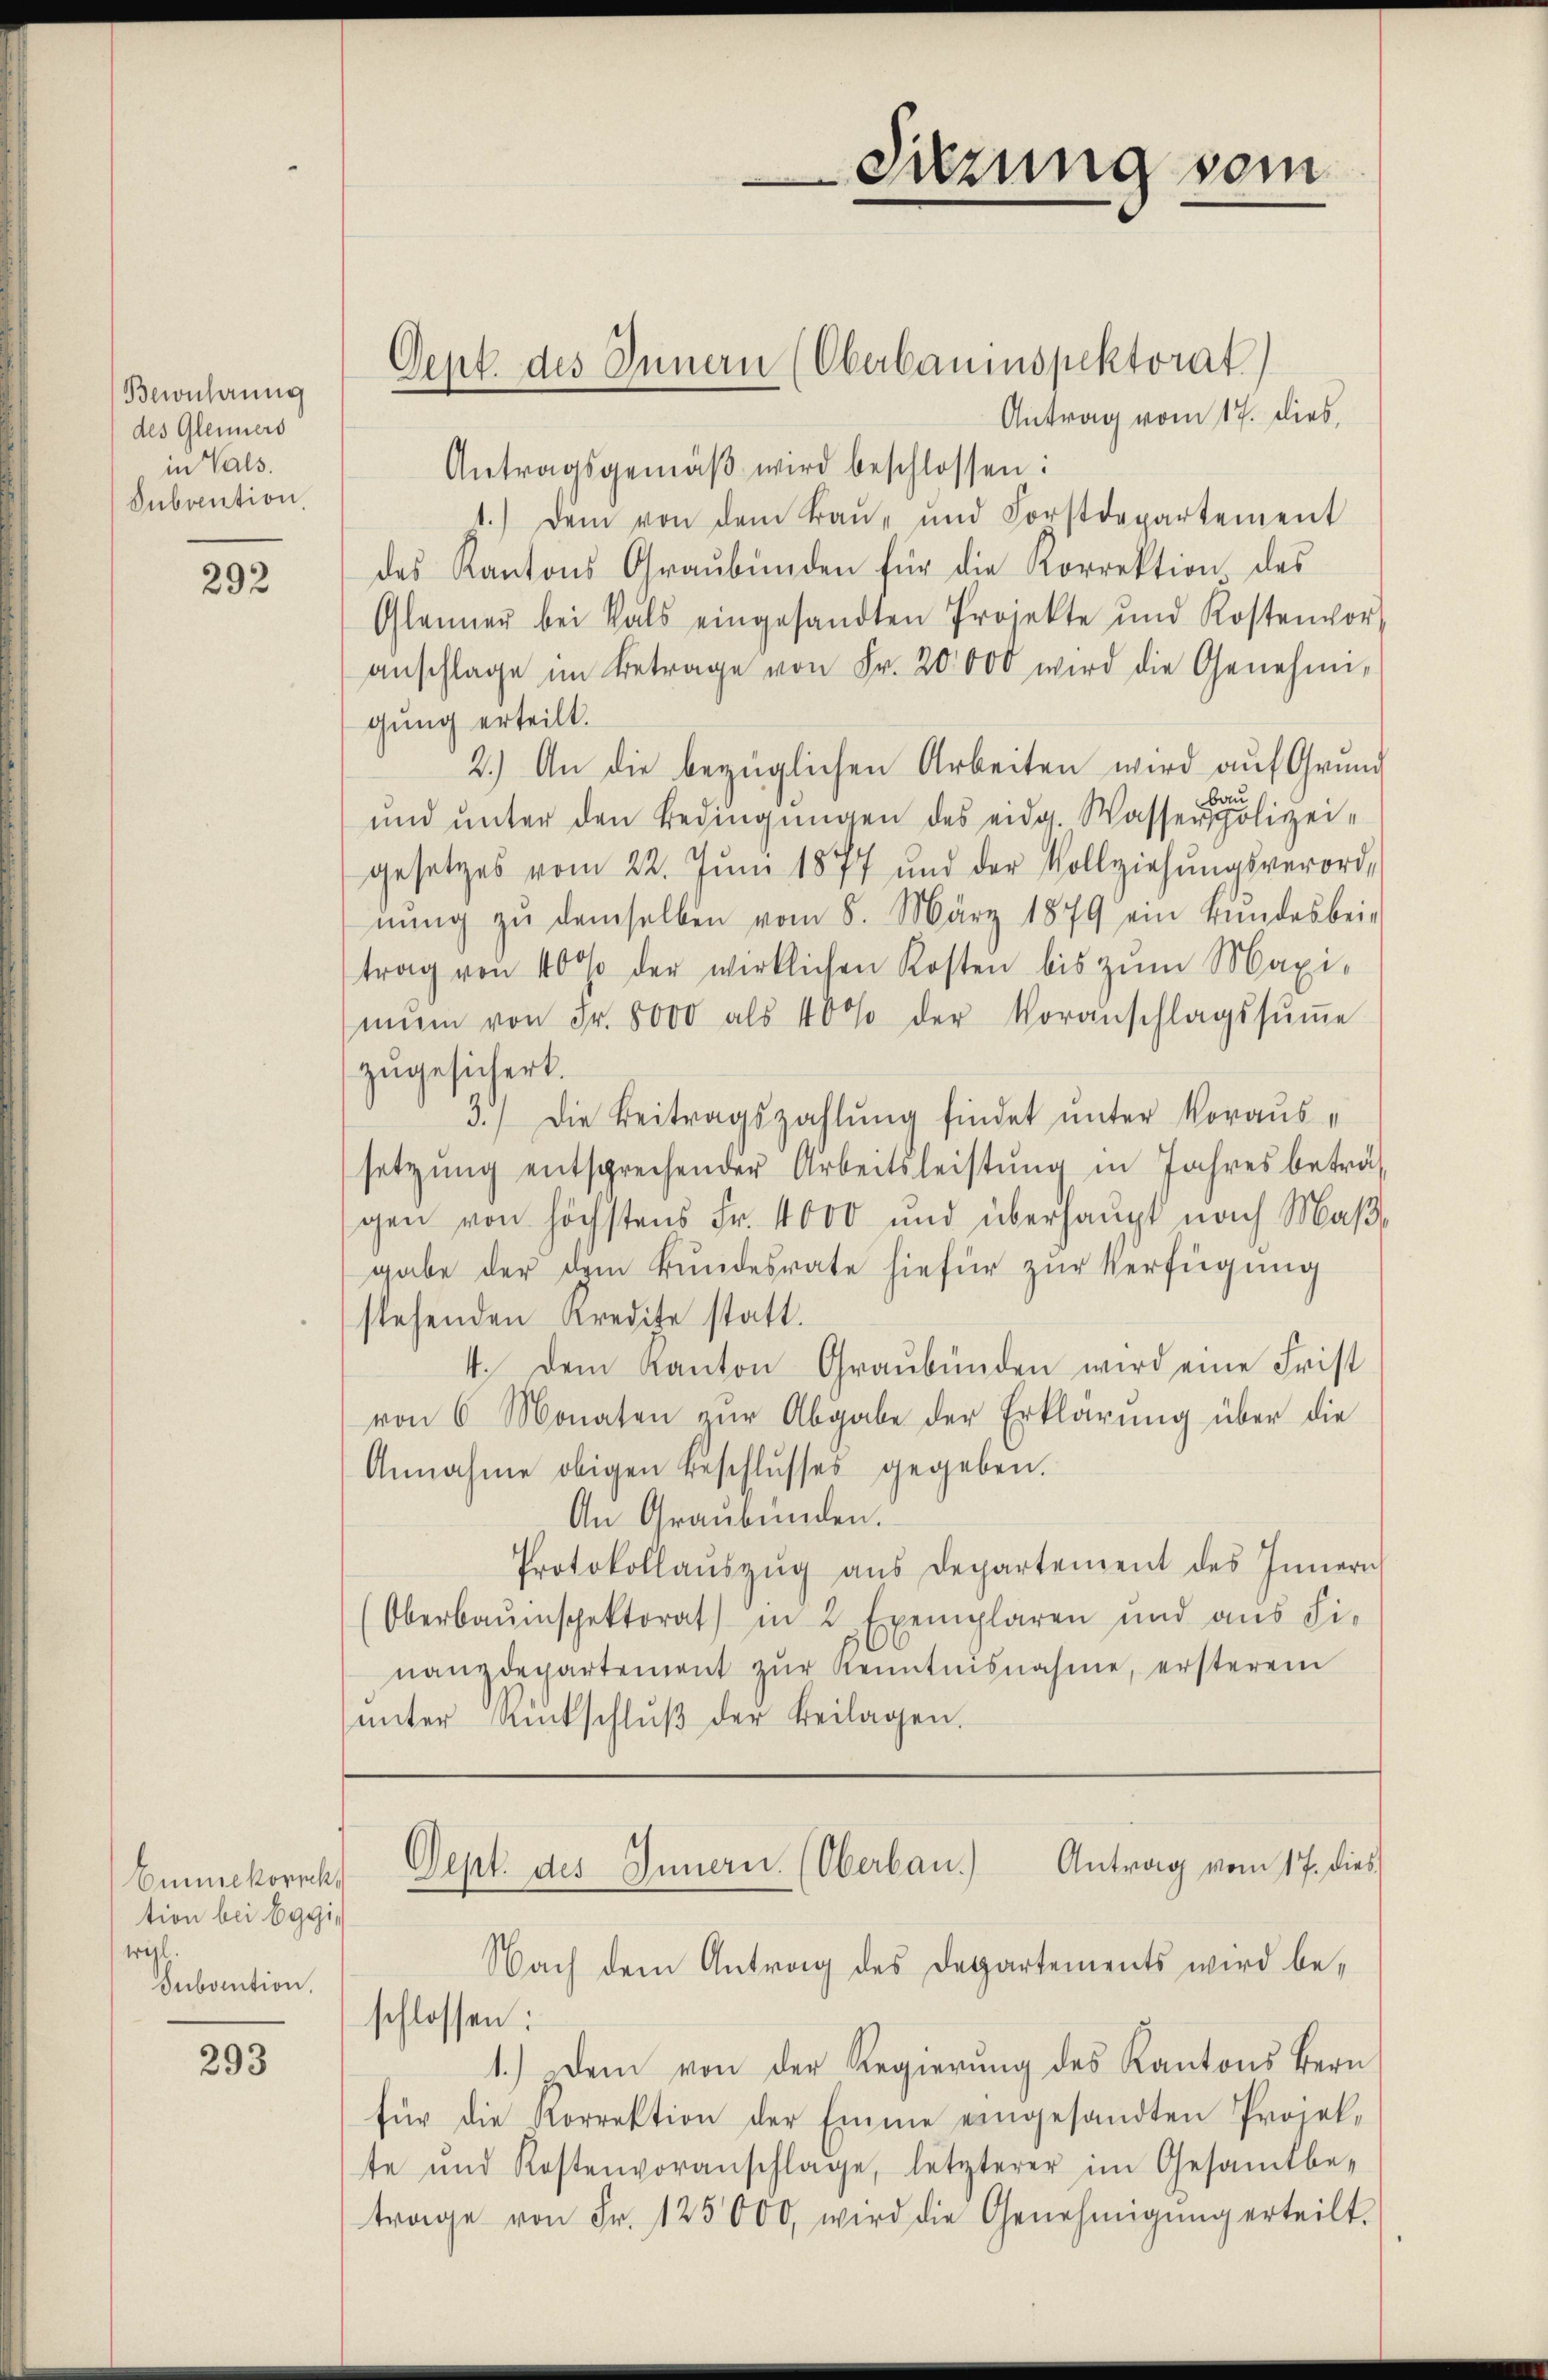
Bernhaung
des Gleiners
in Vals.
Subvention

292

Cunnekorph
tion bei Eggi,
wahl.
Subaution.

293

Antrag vom 17. dies,
Antragsgemäβ wird beschlossen:
1.) Dem von dem Baŭ- und Forstdepartement
des Kantons Graubünden für die Korrektion des
Glänner bei Vals eingesandten Projekte und Kostenvor
anschlage im Betrage von Fr. 20000 wird die Genehmigung erteilt.
2.) An die bezüglichen Arbeiten wird auf Grund
be
ŭnd ŭnter den Bedingŭngen des eidg. Wasserpolizei-
gesetzes vom 22. Jŭni 1877 und der Vollziehŭngsverord-
nŭng zŭ demselben vom 8. März 1879 ein Bŭndesbei-
trag von 400 der wirklichen Kosten bis zŭm Maxi-
mum von Fr. 8000 als 40% der Voranschlagssŭṁe
zugesichert.
3.) Die Beitragszahlung findet unter Voraussetzŭng entsprechender Arbeitsleistŭng in Jahres beträf
gen von höchstens Fr. 4000 und überhaupt nach Maβ,
gabe der dem Bundesrate hiefür zur Verfügung
stehenden Kredite statt.
4. dem Kanton Graubünden wird eine Frist
von 6 Monaten zŭr Abgabe der Erklärŭng über die
Annahme obigen Beschlusses gegeben.
An Graubünden.
Protokollaŭszŭg aŭs Departement des Innern
Oberbauinspektorat in 2 Exemplaren und aŭs Fi-
nanzdepartement zŭr Kenntnisnahme, ersterem
ŭnter Rückschlŭβ der Beilagen.

Dent. des Innern (Oberbauenspektorat)

Nach dem Antrag des Departements wird be¬
1.) Dem von der Regierŭng des Kantons Bern
für die Korrektion der Emme eingesandten Projekte und Kostenvoranschlage, letzterer im Gesamtbe-
trage von Fr. 125000, wird die Genehmigŭng erteilt.

Dept. des Innern. (Oberbau. Antrag vom 17. dies

schlossen:

Sitzung sein